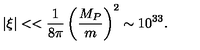
| \xi | < < \frac { 1 } { 8 \pi } \left( \frac { M _ { P } } { m } \right) ^ { 2 } \sim 1 0 ^ { 3 3 } .